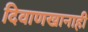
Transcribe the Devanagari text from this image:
दिवाणखानाही